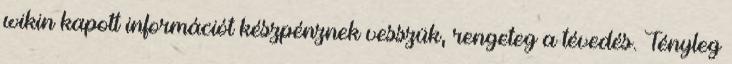
wikin kapott információt készpénznek vesszük, rengeteg a tévedés. Tényleg